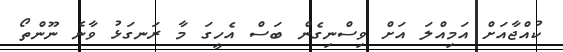
ކުއްޖާއަށް އަމިއްލަ އަށް ވިސްނިގެން ބަސް އެހީގަ މާ ރަނގަޅު ވާނެ ނޫންތޯ